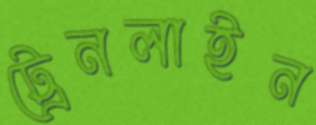
ট্রেনলাইন